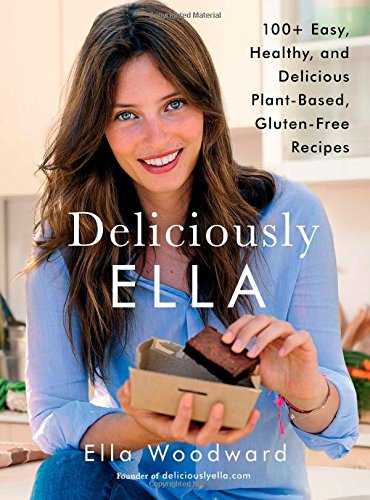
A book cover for Deliciously Ella: 100+ Easy, Healthy, and Delicious Plant-Based, Gluten-Free Recipes; Ella Woodward; Cookbooks, Food & Wine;